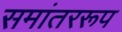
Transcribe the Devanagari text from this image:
समांतररूप